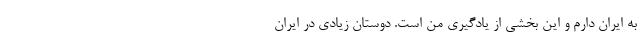
به ایران دارم و این بخشی از یادگیری من است. دوستان زیادی در ایران